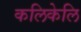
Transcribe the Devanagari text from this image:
कलिकेलि